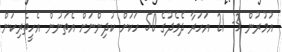
އުމުރުން 3- 21 އަހަރާ ދެމެދުގެ 50 ހަކަށް ކުދިންނަށް އެތަނުން އެހީތެރިކަން